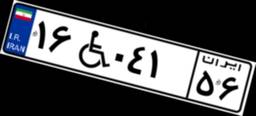
۱۶W۰۴۱۵۶